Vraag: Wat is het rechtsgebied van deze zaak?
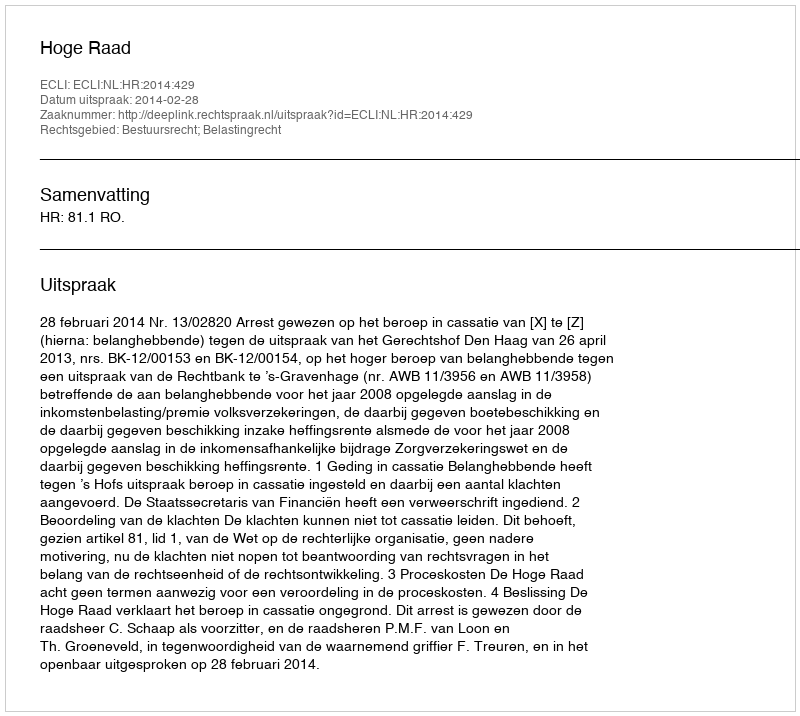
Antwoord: Bestuursrecht; Belastingrecht